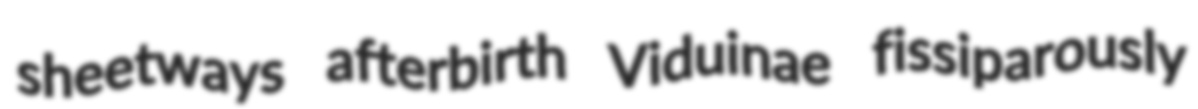
sheetways afterbirth Viduinae fissiparously